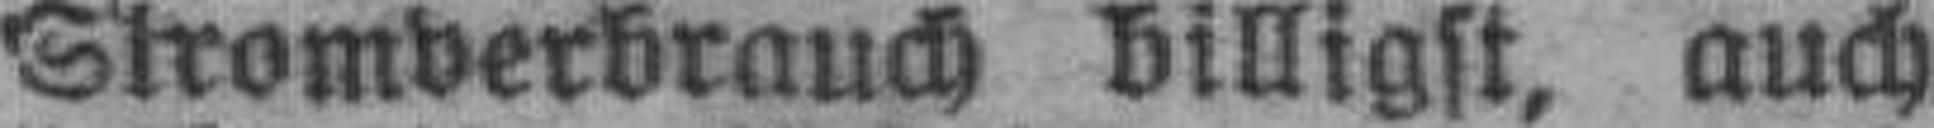
Stromverbrauch billigst, auch